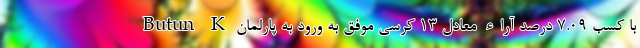
Butun K با کسب ۷.۰۹ درصد آراء معادل ۱۳ کرسی موفق به ورود به پارلمان